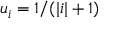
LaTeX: u _ { i } = 1 / ( | i | + 1 )